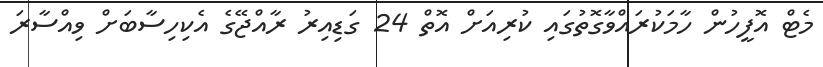
މެޓް އޮފީހުން ހާމަކުރައްވާގޮތުގައި ކުރިއަށް އޮތް 24 ގަޑިއިރު ރާއްޖޭގެ އެކިހިސާބަށް ވިއްސާރަ